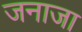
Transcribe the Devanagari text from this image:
जनाजा